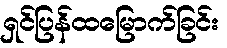
ရှင်ပြန်ထမြောက်ခြင်း